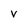
Character: V